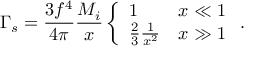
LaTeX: \Gamma _ { s } = { \frac { 3 f ^ { 4 } } { 4 \pi } } { \frac { M _ { i } } { x } } \left\{ \begin{array} { l l } { { 1 } } & { { x \ll 1 } } \\ { { { \frac { 2 } { 3 } } { \frac { 1 } { x ^ { 2 } } } } } & { { x \gg 1 } } \end{array} \right. .